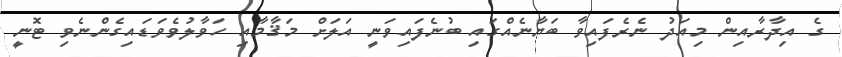
ގެ އިދާރާއިން މިއަދު ނެރެފައިވާ ބަޔާނެއްގައި ބުނެފައިވަނީ އަލަށް މަޤާމާއި ހަވާލުވެވަޑައިގެންނެވި ޓޮނީ